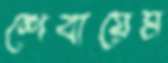
শেবায়েম